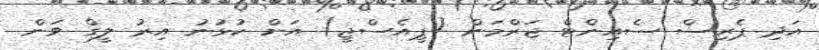
އަދި ޕެރިސް ސެއިންޓް ޖަރްމަން (ޕީއެސްޖީ) އަށް ކުޅުނު އިރު ލީގް ވަން